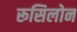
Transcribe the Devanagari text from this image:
रूसिलोन